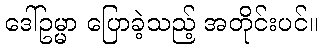
ဒေါ်ဥမ္မာ ပြောခဲ့သည့် အတိုင်းပင်။